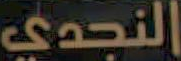
النجدي